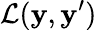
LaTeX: \mathcal{L}(\mathbf{y},\mathbf{y}^{\prime})